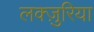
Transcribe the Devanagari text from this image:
लक्ज़ुरिया